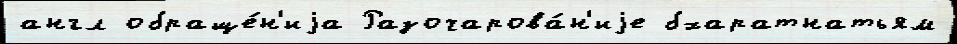
англ обраще́н'иjа Разочарова́н'иjе бхаратнатьям